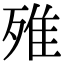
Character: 𣨫